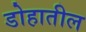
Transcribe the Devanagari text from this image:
डोहातील